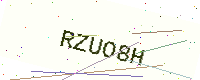
Text: RZUO8H